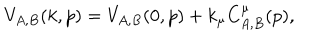
V _ { A , B } ( k , p ) = V _ { A , B } ( 0 , p ) + k _ { \mu } C _ { A , B } ^ { \mu } ( p ) ,